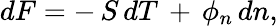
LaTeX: dF=-\, S\, dT\, +\, \phi_{n}\, dn,